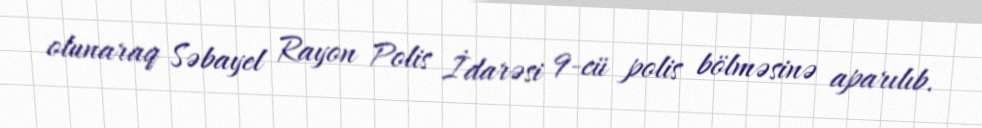
olunaraq Səbayel Rayon Polis İdarəsi 9-cü polis bölməsinə aparılıb.